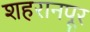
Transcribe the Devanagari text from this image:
शहरानपूर